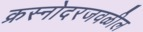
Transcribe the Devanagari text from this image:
क्रस्नोदरजवळील